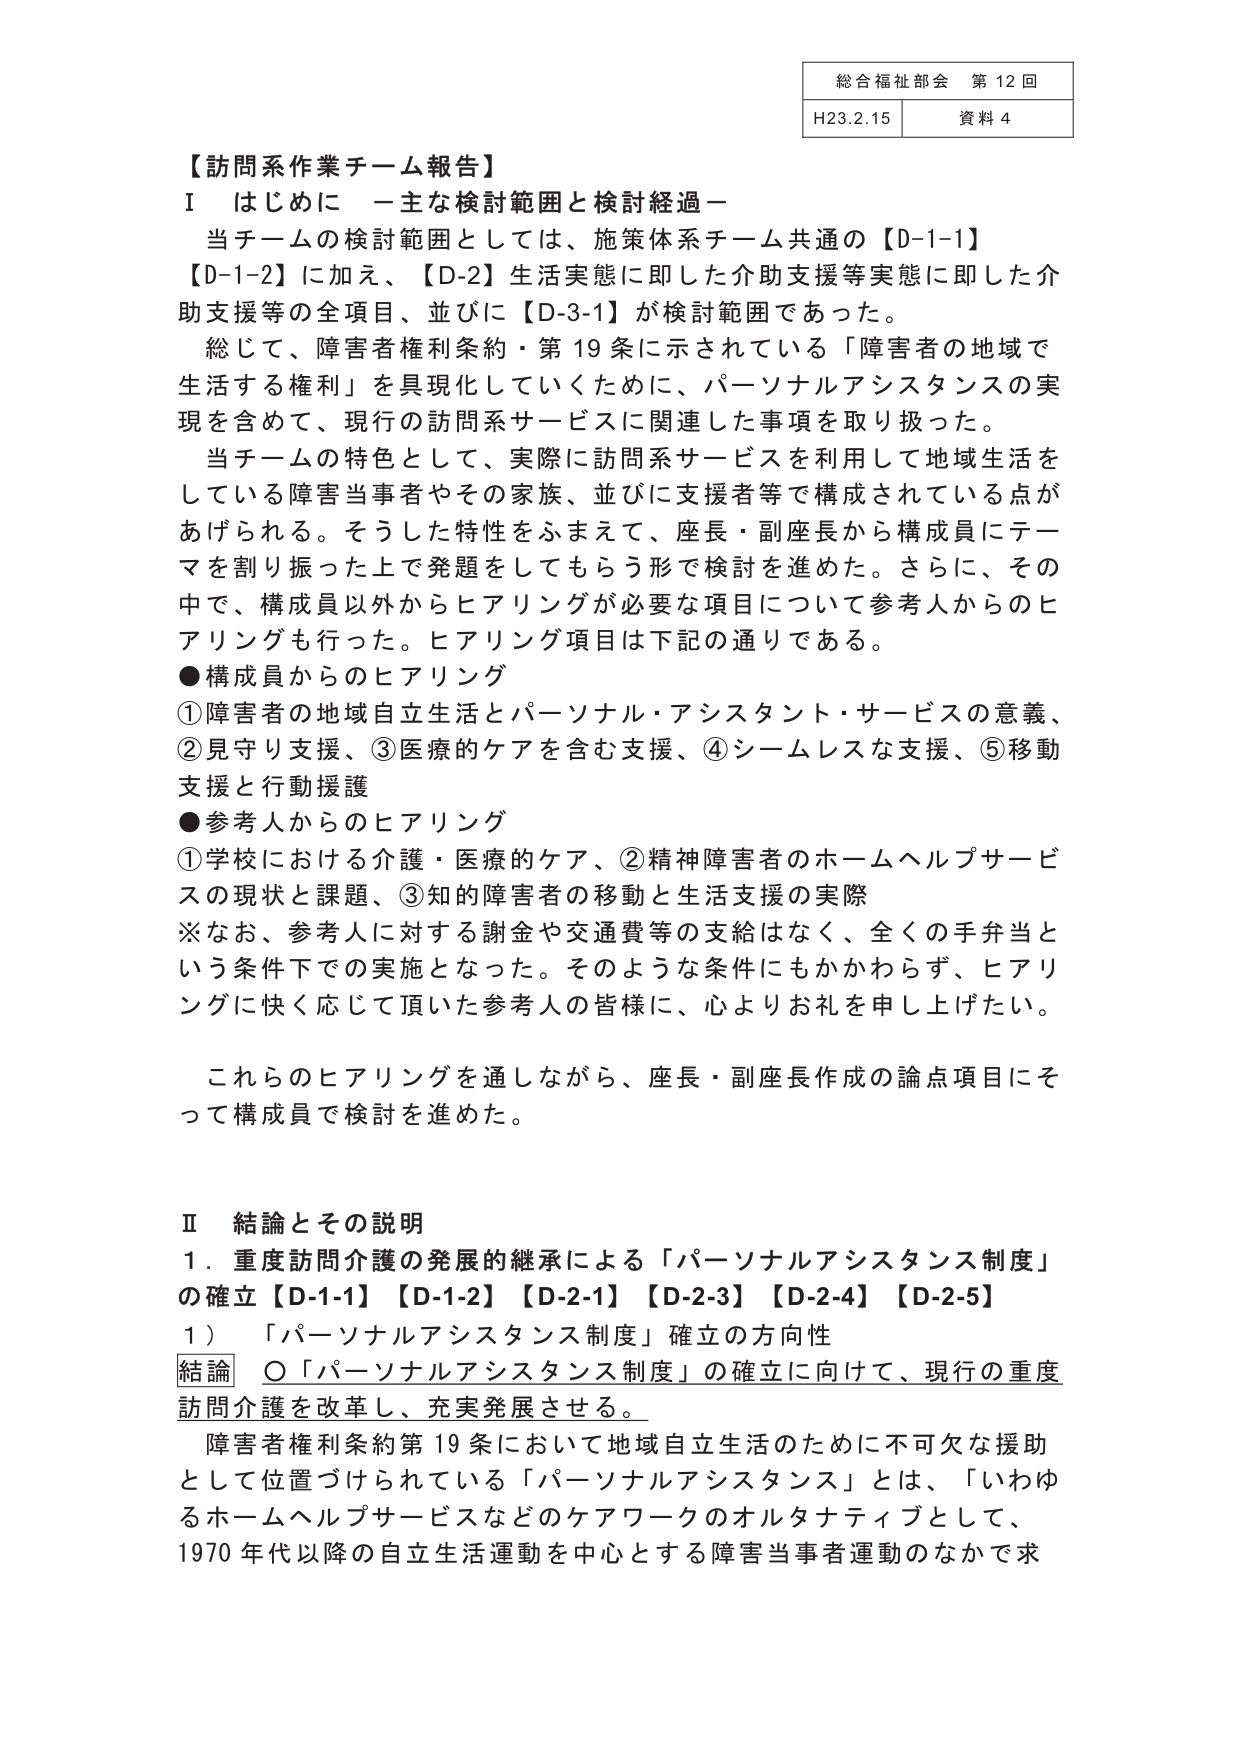
総合福祉部会 第12回
H23.2.15 資料4

【訪問系作業チーム報告】
Ⅰ はじめに －主な検討範囲と検討経過－
当チームの検討範囲としては、施策体系チーム共通の【D-1-1】【D-1-2】に加え、【D-2】生活実態に即した介助支援等実態に即した介助支援等の全項目、並びに【D-3-1】が検討範囲であった。
総じて、障害者権利条約・第19条に示されている「障害者の地域で生活する権利」を具現化していくために、パーソナルアシスタンスの実現を含めて、現行の訪問系サービスに関連した事項を取り扱った。
当チームの特色として、実際に訪問系サービスを利用して地域生活をしている障害当事者やその家族、並びに支援者等で構成されている点があげられる。そうした特性をふまえて、座長・副座長から構成員にテーマを割り振った上で発題をしてもらう形で検討を進めた。さらに、その中で、構成員以外からヒアリングが必要な項目について参考人からのヒアリングも行った。ヒアリング項目は下記の通りである。
●構成員からのヒアリング
①障害者の地域自立生活とパーソナル・アシスタント・サービスの意義、
②見守り支援、③医療的ケアを含む支援、④シームレスな支援、⑤移動支援と行動援護
●参考人からのヒアリング
①学校における介護・医療的ケア、②精神障害者のホームヘルプサービスの現状と課題、③知的障害者の移動と生活支援の実際
※なお、参考人に対する謝金や交通費等の支給はなく、全くの手弁当という条件下での実施となった。そのような条件にもかかわらず、ヒアリングに快く応じて頂いた参考人の皆様に、心よりお礼を申し上げたい。
これらのヒアリングを通しながら、座長・副座長作成の論点項目にそって構成員で検討を進めた。

Ⅱ 結論とその説明
1．重度訪問介護の発展的継承による「パーソナルアシスタンス制度」の確立【D-1-1】【D-1-2】【D-2-1】【D-2-3】【D-2-4】【D-2-5】
1）「パーソナルアシスタンス制度」確立の方向性
結論 ○「パーソナルアシスタンス制度」の確立に向けて、現行の重度訪問介護を改革し、充実発展させる。
障害者権利条約第19条において地域自立生活のために不可欠な援助として位置づけられている「パーソナルアシスタンス」とは、「いわゆるホームヘルプサービスなどのケアワークのオルタナティブとして、1970年代以降の自立生活運動を中心とする障害当事者運動のなかで求